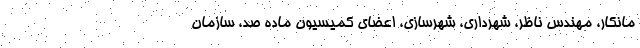
مانکار، مهندس ناظر، شهرداری، شهرسازی، اعضای کمیسیون ماده صد، سازمان